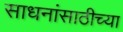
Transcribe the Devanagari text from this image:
साधनांसाठीच्या